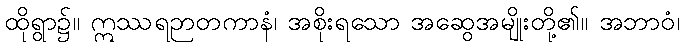
ထိုရွာ၌။ ဣဿရဉာတကာနံ၊ အစိုးရသော အဆွေအမျိုးတို့၏။ အဘာဝံ၊